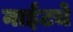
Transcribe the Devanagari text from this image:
नाईटचे